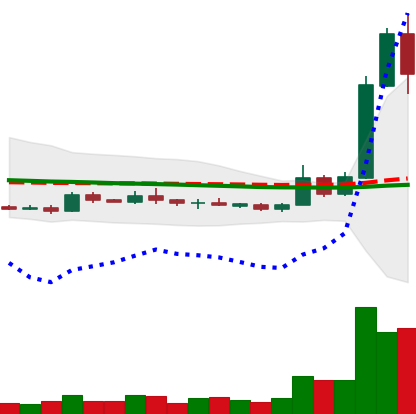
Ticker: XRP-USD
Chart end date: 2019-05-16
Forward return: -5.266%
Label: down_5_7